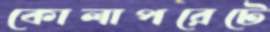
কোলাপরেটে